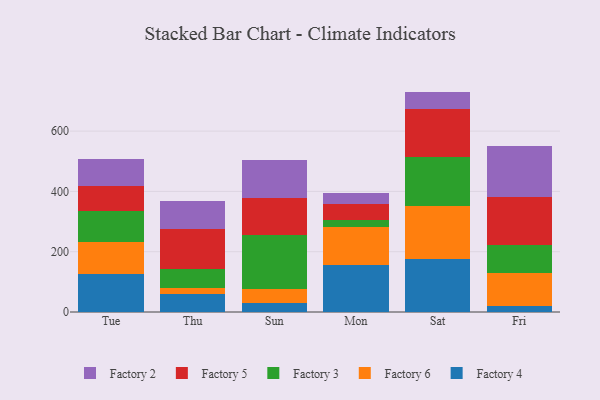
{"axis": {"x": "Day", "y": "Website Visitors"}, "legend": ["Factory 2", "Factory 3", "Factory 4", "Factory 5", "Factory 6"], "data": [{"x": "Tue", "y": 125.5, "type": "Factory 4"}, {"x": "Tue", "y": 106.4, "type": "Factory 6"}, {"x": "Tue", "y": 102.0, "type": "Factory 3"}, {"x": "Tue", "y": 85.3, "type": "Factory 5"}, {"x": "Tue", "y": 89.5, "type": "Factory 2"}, {"x": "Thu", "y": 60.4, "type": "Factory 4"}, {"x": "Thu", "y": 19.4, "type": "Factory 6"}, {"x": "Thu", "y": 64.3, "type": "Factory 3"}, {"x": "Thu", "y": 131.7, "type": "Factory 5"}, {"x": "Thu", "y": 93.3, "type": "Factory 2"}, {"x": "Sun", "y": 28.7, "type": "Factory 4"}, {"x": "Sun", "y": 47.0, "type": "Factory 6"}, {"x": "Sun", "y": 179.3, "type": "Factory 3"}, {"x": "Sun", "y": 122.1, "type": "Factory 5"}, {"x": "Sun", "y": 126.6, "type": "Factory 2"}, {"x": "Mon", "y": 156.1, "type": "Factory 4"}, {"x": "Mon", "y": 125.7, "type": "Factory 6"}, {"x": "Mon", "y": 23.9, "type": "Factory 3"}, {"x": "Mon", "y": 51.6, "type": "Factory 5"}, {"x": "Mon", "y": 38.0, "type": "Factory 2"}, {"x": "Sat", "y": 177.2, "type": "Factory 4"}, {"x": "Sat", "y": 175.1, "type": "Factory 6"}, {"x": "Sat", "y": 161.1, "type": "Factory 3"}, {"x": "Sat", "y": 158.4, "type": "Factory 5"}, {"x": "Sat", "y": 59.2, "type": "Factory 2"}, {"x": "Fri", "y": 19.1, "type": "Factory 4"}, {"x": "Fri", "y": 111.8, "type": "Factory 6"}, {"x": "Fri", "y": 92.2, "type": "Factory 3"}, {"x": "Fri", "y": 158.4, "type": "Factory 5"}, {"x": "Fri", "y": 168.5, "type": "Factory 2"}]}